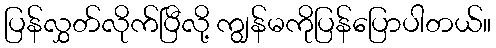
ပြန်လွှတ်လိုက်ပြီလို့ ကျွန်မကိုပြန်ပြောပါတယ်။